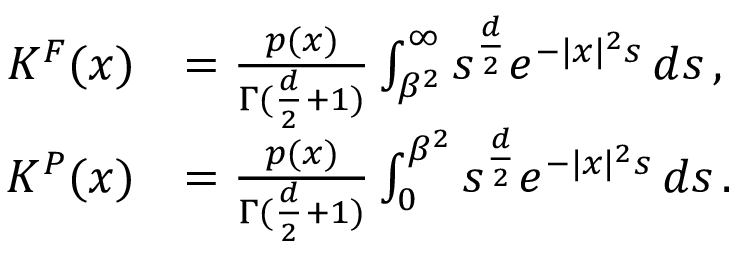
\begin{array} { r l } { K ^ { F } ( x ) } & { = \frac { p ( x ) } { \Gamma ( \frac d 2 + 1 ) } \int _ { \beta ^ { 2 } } ^ { \infty } s ^ { \frac d 2 } e ^ { - | x | ^ { 2 } s } \, d s \, , } \\ { K ^ { P } ( x ) } & { = \frac { p ( x ) } { \Gamma ( \frac d 2 + 1 ) } \int _ { 0 } ^ { \beta ^ { 2 } } s ^ { \frac d 2 } e ^ { - | x | ^ { 2 } s } \, d s \, . } \end{array}